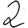
Digit: 2